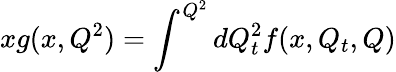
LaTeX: xg(x,Q^{2})=\int^{Q^{2}}dQ_{t}^{2}f(x,Q_{t},Q)